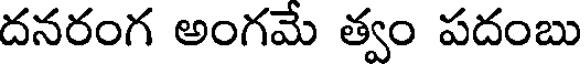
దనరంగ అంగమే త్వం పదంబు